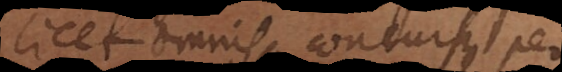
licet omnis concursus per